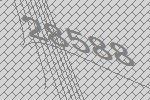
28588